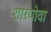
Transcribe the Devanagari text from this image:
शारपोवा